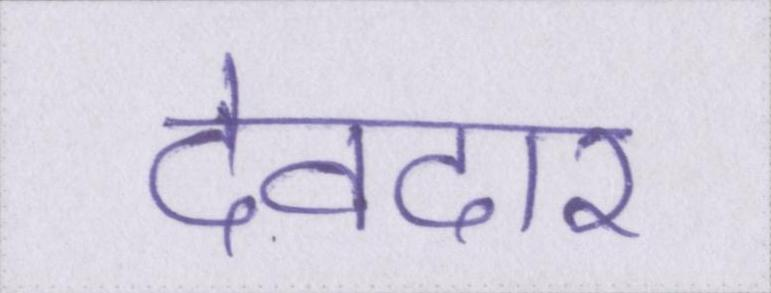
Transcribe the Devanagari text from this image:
देवदार